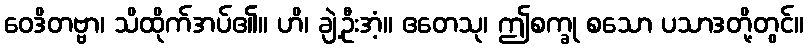
ဝေဒိတဗ္ဗာ၊ သိထိုက်အပ်၏။ ဟိ၊ ချဲ့ဦးအံ့။ ဧတေသု၊ ဤစက္ခု စသော ပသာဒတို့တွင်။